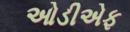
ઓડીએફ